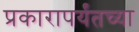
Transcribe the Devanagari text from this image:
प्रकारापर्यंतच्या